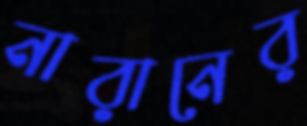
নারানের